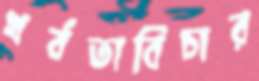
খর্বতাবিচার